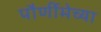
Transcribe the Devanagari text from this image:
पौर्णीमेच्या